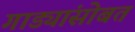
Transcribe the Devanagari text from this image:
गाड्यांसोबत